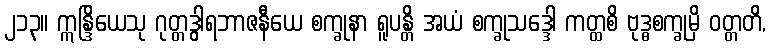
၂၁၃။ ဣန္ဒြိယေသု ဂုတ္တဒွါရဘာဇနီယေ စက္ခုနာ ရူပန္တိ အယံ စက္ခုသဒ္ဒေါ ကတ္ထစိ ဗုဒ္ဓစက္ခုမှိ ဝတ္တတိ,